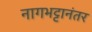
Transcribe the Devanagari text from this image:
नागभट्टानंतर